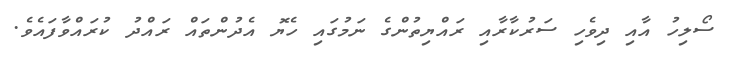
ސޯލިހު އާއި ދިވެހި ސަރުކާރާއި ރައްޔިތުންގެ ނަމުގައި ހެޔޮ އެދުންތައް ރައްދު ކުރައްވާފައެވެ.